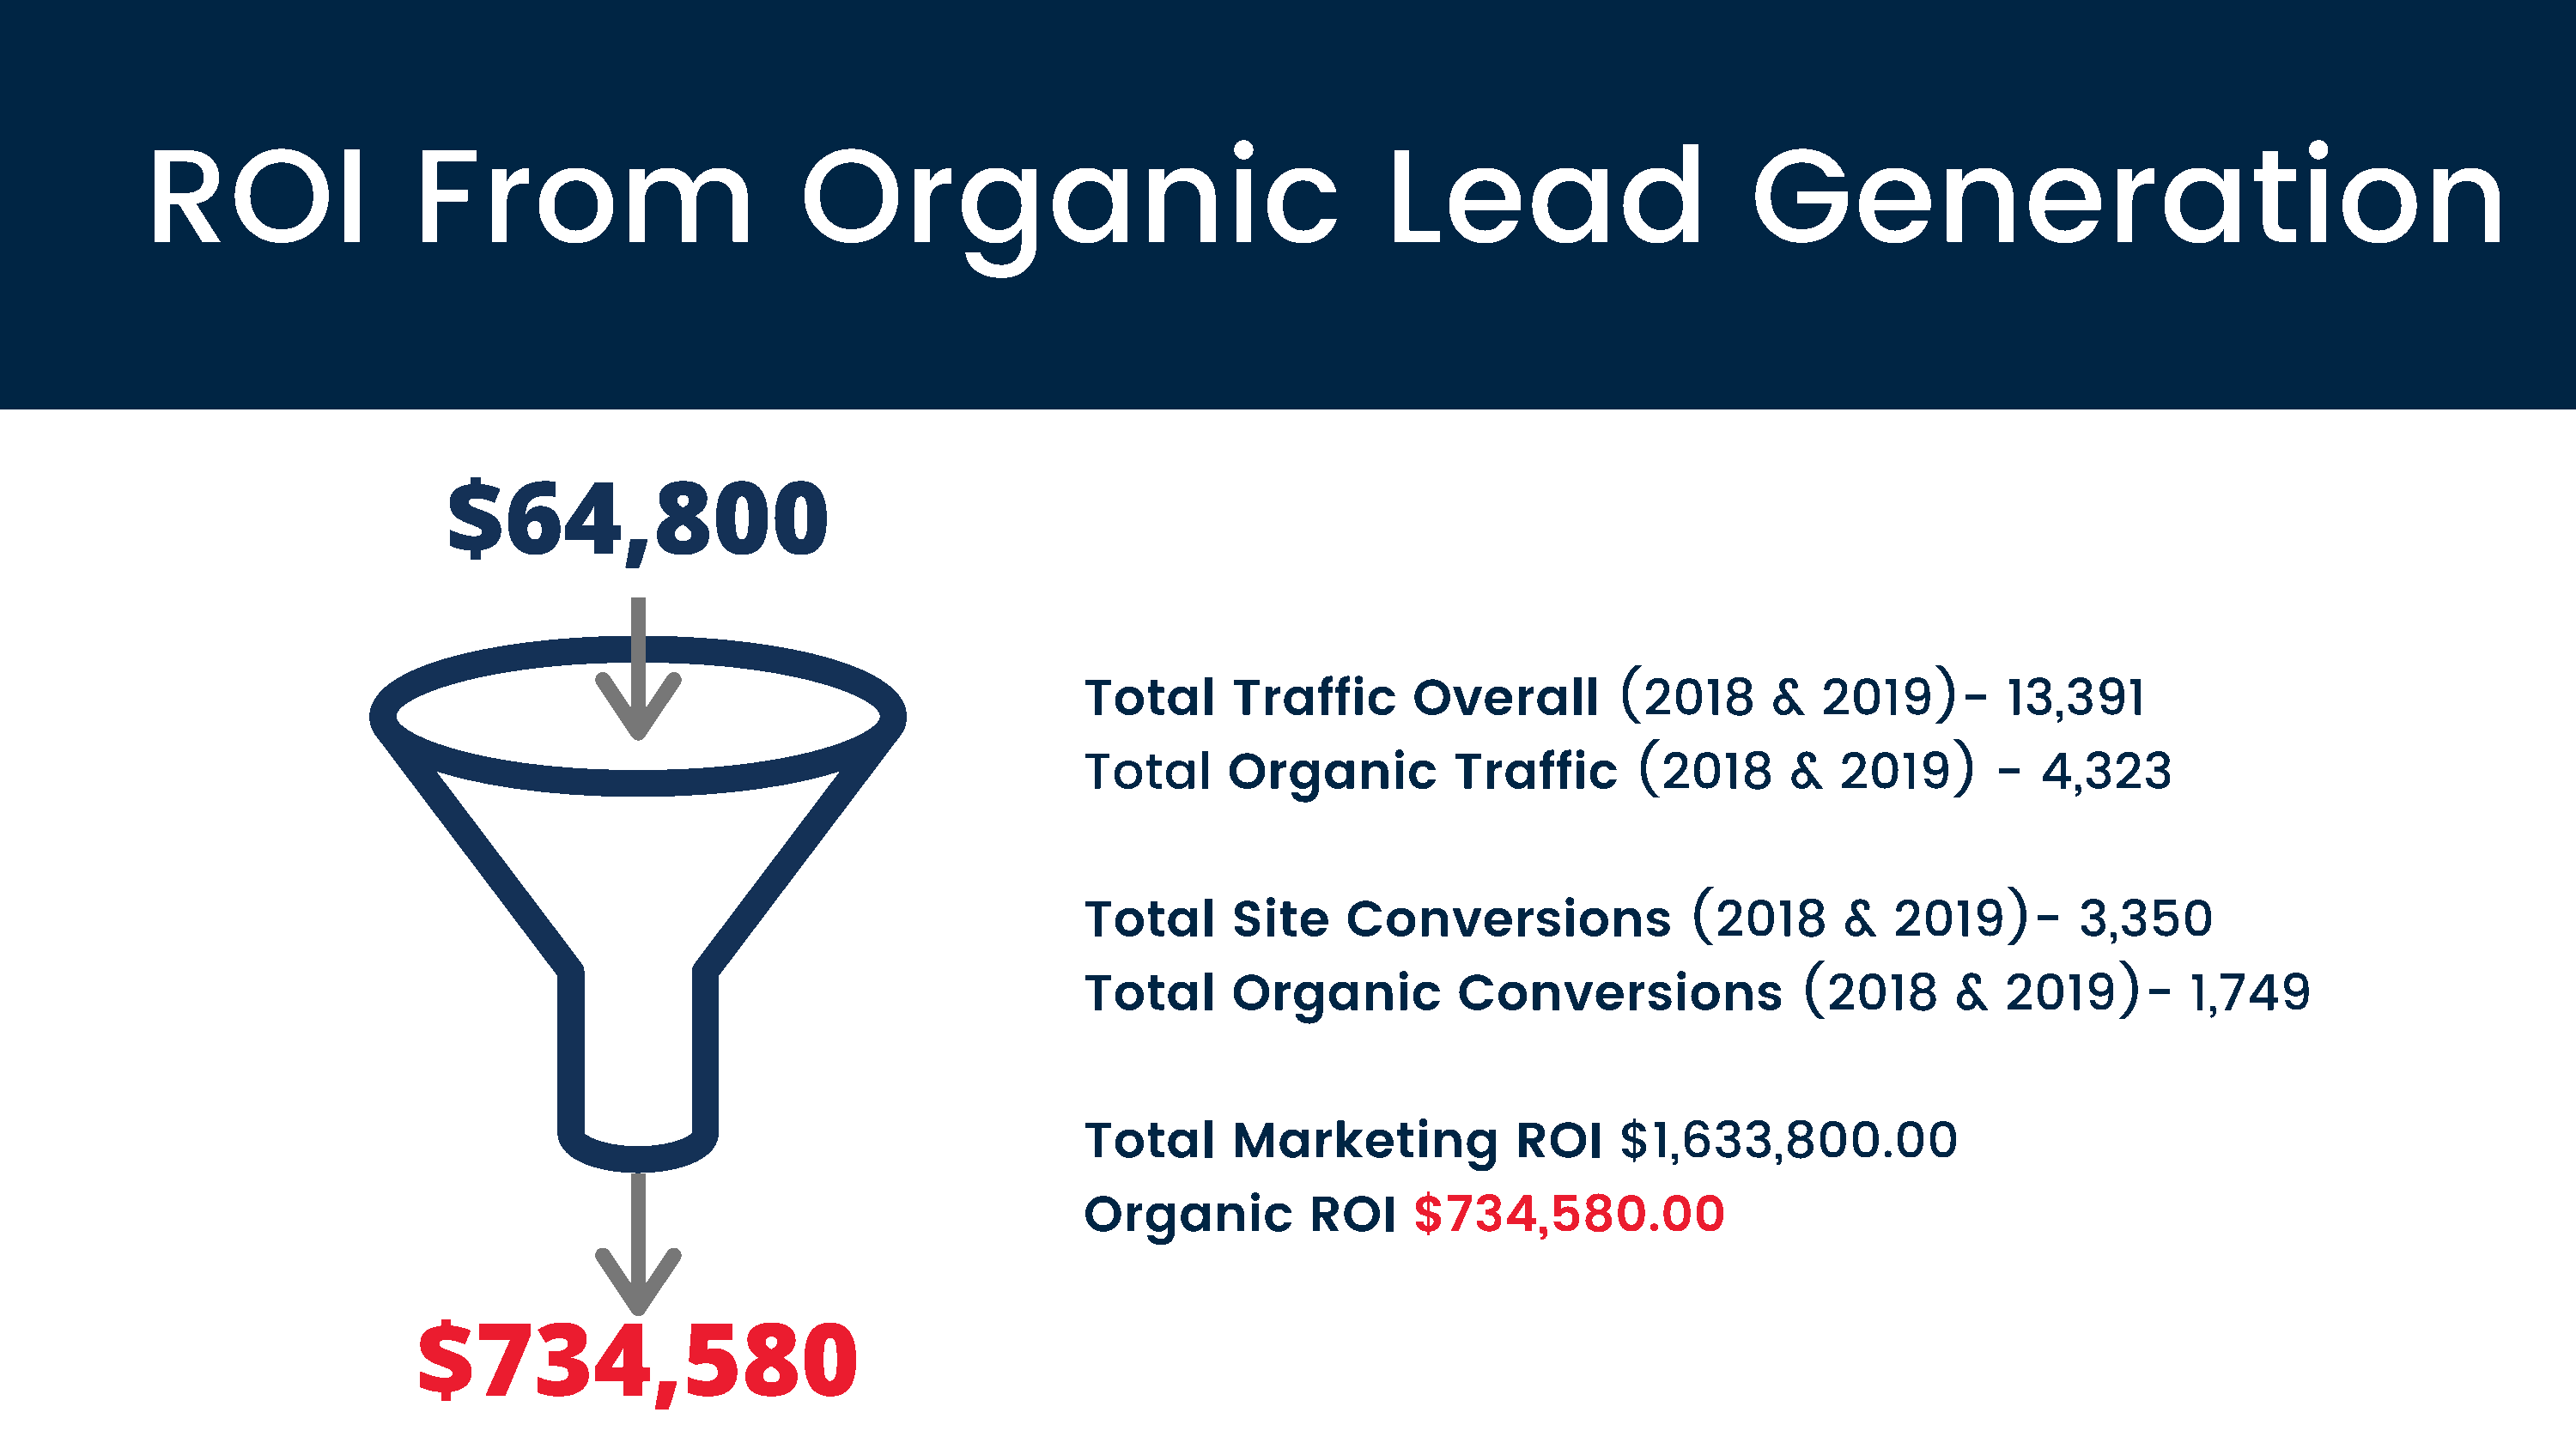
ROI                  From                          Organic                                      Lead                        Generation
 $64,800
 Total      Traffic       Overall         (2018       &  2019)-         13,391
 Total      Organic          Traffic       (2018       &   2019)       -  4,323
 Total      Site     Conversions               (2018       &   2019)-        3,350
 Total      Organic          Conversions                (2018       &   2019)-        1,749
 Total      Marketing             ROI     $1,633,800.00
 Organic          ROI     $734,580.00
 $734,580